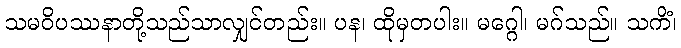
သမဝိပဿနာတို့သည်သာလျှင်တည်း။ ပန၊ ထိုမှတပါး။ မဂ္ဂေါ၊ မဂ်သည်။ သကိံ၊